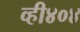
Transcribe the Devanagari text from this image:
व्ही४०४